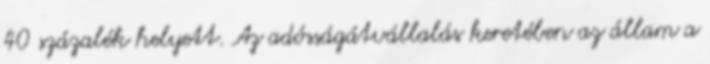
40 százalék helyett. Az adósságátvállalás keretében az állam a